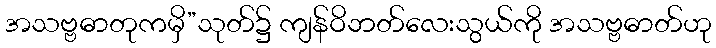
အသဗ္ဗဓာတုကမှိ”သုတ်၌ ကျန်ဝိဘတ်လေးသွယ်ကို အသဗ္ဗဓာတ်ဟု